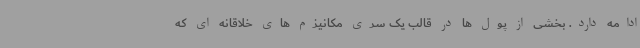
ادامه دارد. بخشی از پول ها در قالب یک سری مکانیزم های خلاقانه ای که